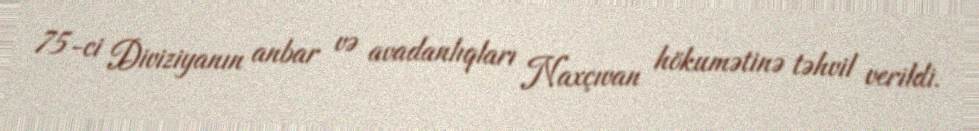
75-ci Diviziyanın anbar və avadanlıqları Naxçıvan hökumətinə təhvil verildi.